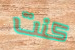
كنت